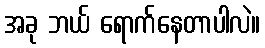
အခု ဘယ် ရောက်နေတာပါလဲ။